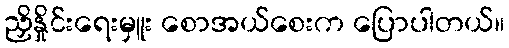
ညှိနှိုင်းရေးမှူး စောအယ်စေးက ပြောပါတယ်။